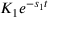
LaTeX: K _ { 1 } e ^ { - s _ { 1 } t }